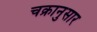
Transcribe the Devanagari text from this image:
चक्रानुसार